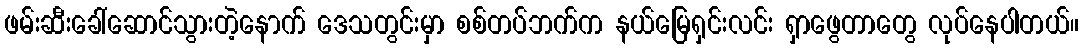
ဖမ်းဆီးခေါ်ဆောင်သွားတဲ့နောက် ဒေသတွင်းမှာ စစ်တပ်ဘက်က နယ်မြေရှင်းလင်း ရှာဖွေတာတွေ လုပ်နေပါတယ်။